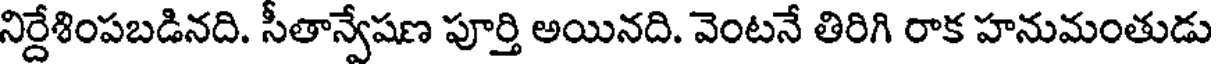
నిర్దేశింపబడినది. సీతాన్వేషణ పూర్తి అయినది. వెంటనే తిరిగి రాక హనుమంతుడు